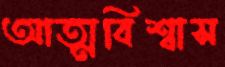
আত্মবিশ্বাস